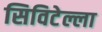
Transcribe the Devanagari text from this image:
सिविटेल्ला